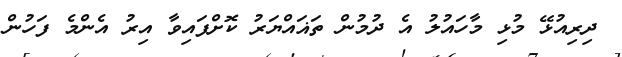
ދިރިއުޅޭ މުޅި މާހައުލު އެ ދުމުން ތަޣައްޔަރު ކޮށްފައިވާ އިރު އެންމެ ފަހުން